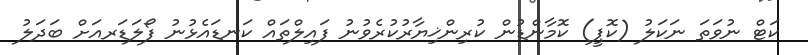
ކަޓް ނުވަތަ ނަކަލު (ކޮޕީ) ކޮމާންޑުން ކުރިންޚިޔާރުކުރެވުނު ފައިލްތައް ކަނޑައެޅުނު ފޯލަޑަރއަށް ބަދަލު